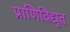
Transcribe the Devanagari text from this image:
प्राणिविद्युत